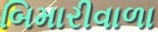
બિમારીવાળા